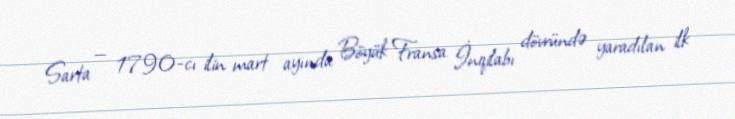
Sarta — 1790-cı ilin mart ayında Böyük Fransa İnqilabı dövründə yaradılan ilk